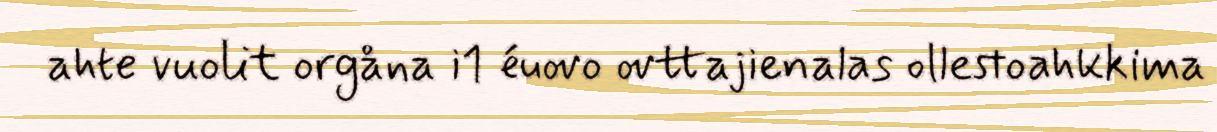
ahte vuolit orgåna i1 éuovo ovttajienalas ollestoahkkima